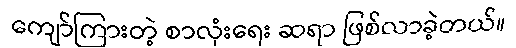
ကျော်ကြားတဲ့ စာလုံးရေး ဆရာ ဖြစ်လာခဲ့တယ်။